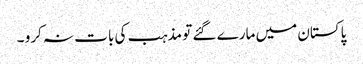
پاکستان میں مارے گئے تو مذہب کی بات نہ کرو ۔